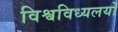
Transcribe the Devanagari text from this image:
विश्वविध्यलयों